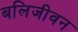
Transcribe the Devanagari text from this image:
बलिजीवन